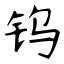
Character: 钨